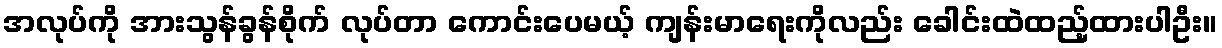
အလုပ်ကို အားသွန်ခွန်စိုက် လုပ်တာ ကောင်းပေမယ့် ကျန်းမာရေးကိုလည်း ခေါင်းထဲထည့်ထားပါဦး။